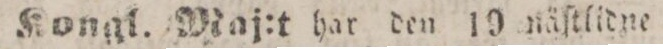
Kongl. Maj:t har den 10 näſtlidne maj